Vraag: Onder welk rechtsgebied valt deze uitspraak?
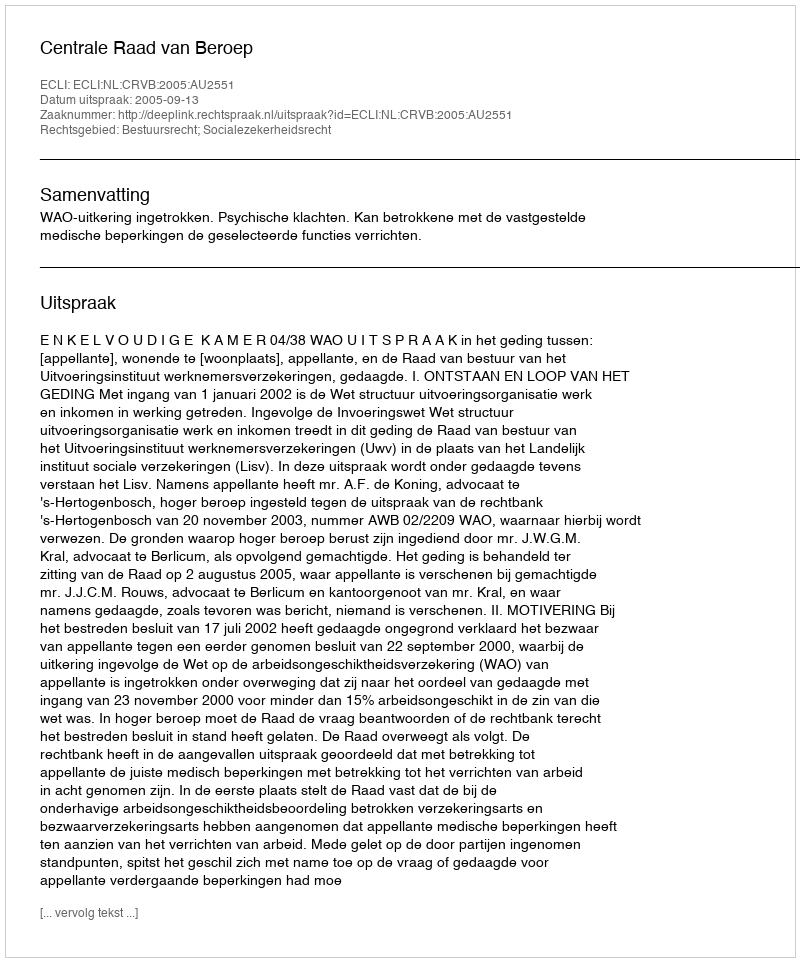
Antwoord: Bestuursrecht; Socialezekerheidsrecht